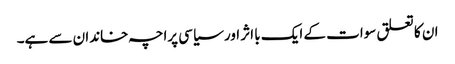
ان کا تعلق سوات کے ایک با اثر اور سیاسی پراچہ خاندان سے ہے۔